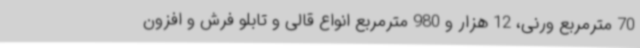
70 مترمربع ورنی، 12 هزار و 980 مترمربع انواع قالی و تابلو فرش و افزون